Epidemic dropsy in Calcutta - Number 49
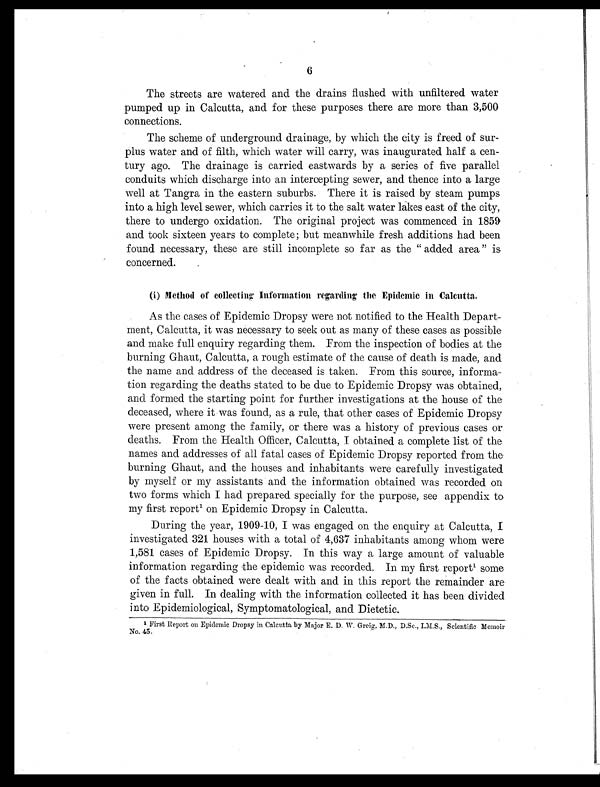
6
The streets are watered and the drains flushed with unfiltered water
pumped up in Calcutta, and for these purposes there are more than 3,500
connections.
The scheme of underground drainage, by which the city is freed of sur-
plus water and of filth, which water will carry, was inaugurated half a cen-
tury ago. The drainage is carried eastwards by a series of five parallel
conduits which discharge into an intercepting sewer, and thence into a large
well at Tangra in the eastern suburbs. There it is raised by steam pumps
into a high level sewer, which carries it to the salt water lakes east of the city,
there to undergo oxidation. The original project was commenced in 1859
and took sixteen years to complete; but meanwhile fresh additions had been
found necessary, these are still incomplete so far as the " added area " is
concerned.
(i) Method of collecting: Information regarding the Epidemic in Calcutta.
As the cases of Epidemic Dropsy were not notified to the Health Depart-
ment, Calcutta, it was necessary to seek out as many of these cases as possible
and make full enquiry regarding them. From the inspection of bodies at the
burning Ghaut, Calcutta, a rough estimate of the cause of death is made, and
the name and address of the deceased is taken. From this source, informa-
tion regarding the deaths stated to be due to Epidemic Dropsy was obtained,
and formed the starting point for further investigations at the house of the
deceased, where it was found, as a rule, that other cases of Epidemic Dropsy
were present among the family, or there was a history of previous cases or
deaths. From the Health Officer, Calcutta, I obtained a complete list of the
names and addresses of all fatal cases of Epidemic Dropsy reported from the
burning Ghaut, and the houses and inhabitants were carefully investigated
by myself or my assistants and the information obtained was recorded on
two forms which I had prepared specially for the purpose, see appendix to
my first report1 o n E p i d e m i c D r o p s y i n C a l c u t t a .
During the year, 1909-10, I was engaged on the enquiry at Calcutta, I
investigated 321 houses with a total of 4,637 inhabitants among whom were
1,581 cases of Epidemic Dropsy. In this way a large amount of valuable
information regarding the epidemic was recorded. In my first report 1 s o m e
of the facts obtained were dealt with and in this report the remainder are
given in full. In dealing with the information collected it has been divided
into Epidemiological, Symptomatological, and Dietetic.
1 First Report on Epidemic Dropsy in Calcutta by Major E. D. W. Greig, M.D., D.Sc., I.M.S., Scientific Memoir
No. 45.